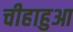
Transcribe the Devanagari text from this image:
चीहाहुआ